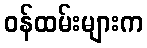
ဝန်ထမ်းများက